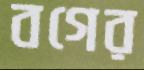
বগের